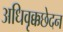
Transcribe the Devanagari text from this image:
अधिवृक्कछेदन